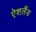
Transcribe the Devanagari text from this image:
ऐशलैंड